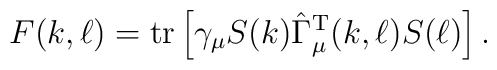
F(k,\ell) =  {\rm tr}  \left[\gamma_\mu S(k) \hat{\Gamma}_\mu^{\rm T}(k,\ell) S(\ell)\right].